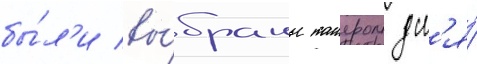
бы́л'и вы́браны таиером дл'я́